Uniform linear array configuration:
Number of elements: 48
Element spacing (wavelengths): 1
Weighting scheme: kaiser
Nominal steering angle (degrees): -45
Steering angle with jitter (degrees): -44.573
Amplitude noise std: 0.05
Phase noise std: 0.05

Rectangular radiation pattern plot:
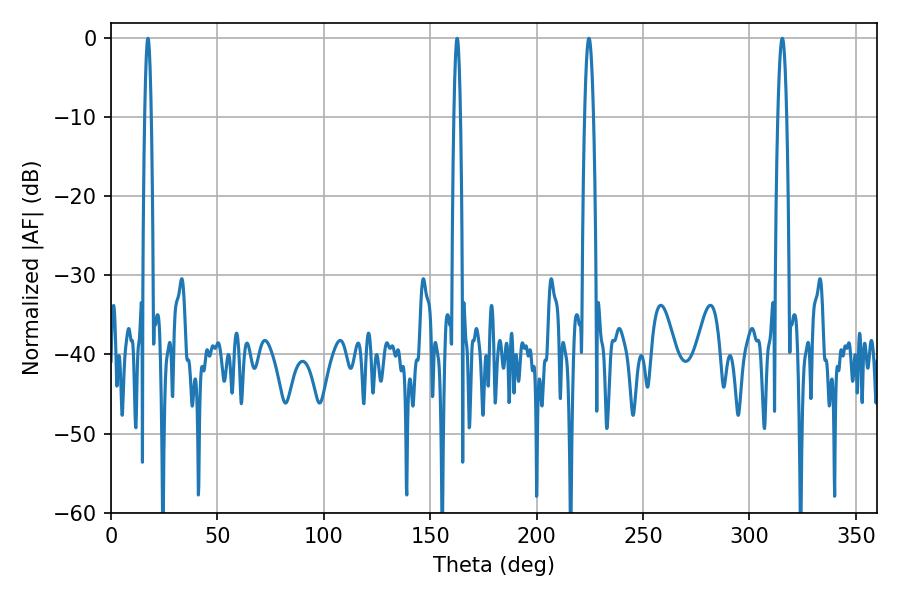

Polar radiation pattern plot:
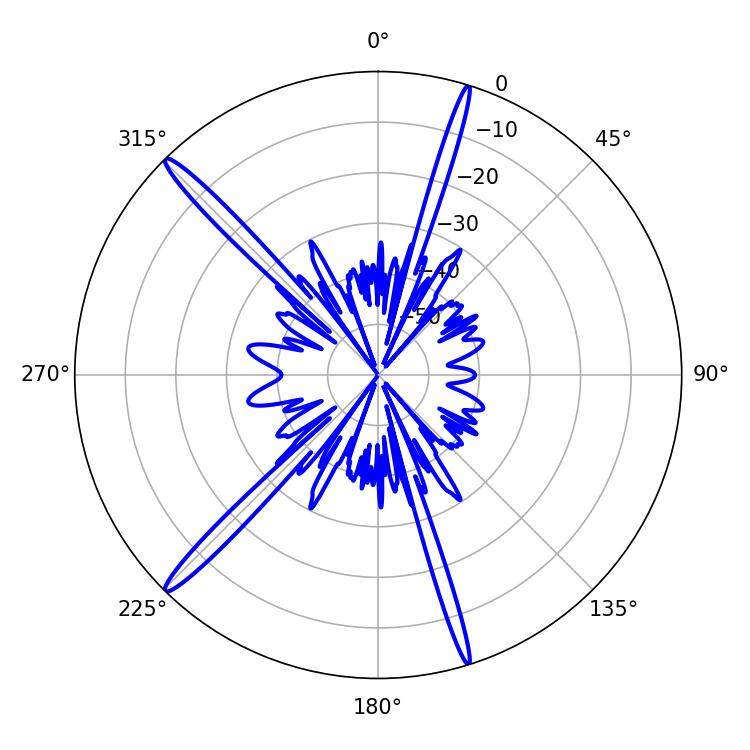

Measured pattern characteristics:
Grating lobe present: TRUE
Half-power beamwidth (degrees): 2.16
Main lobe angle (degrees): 315.36